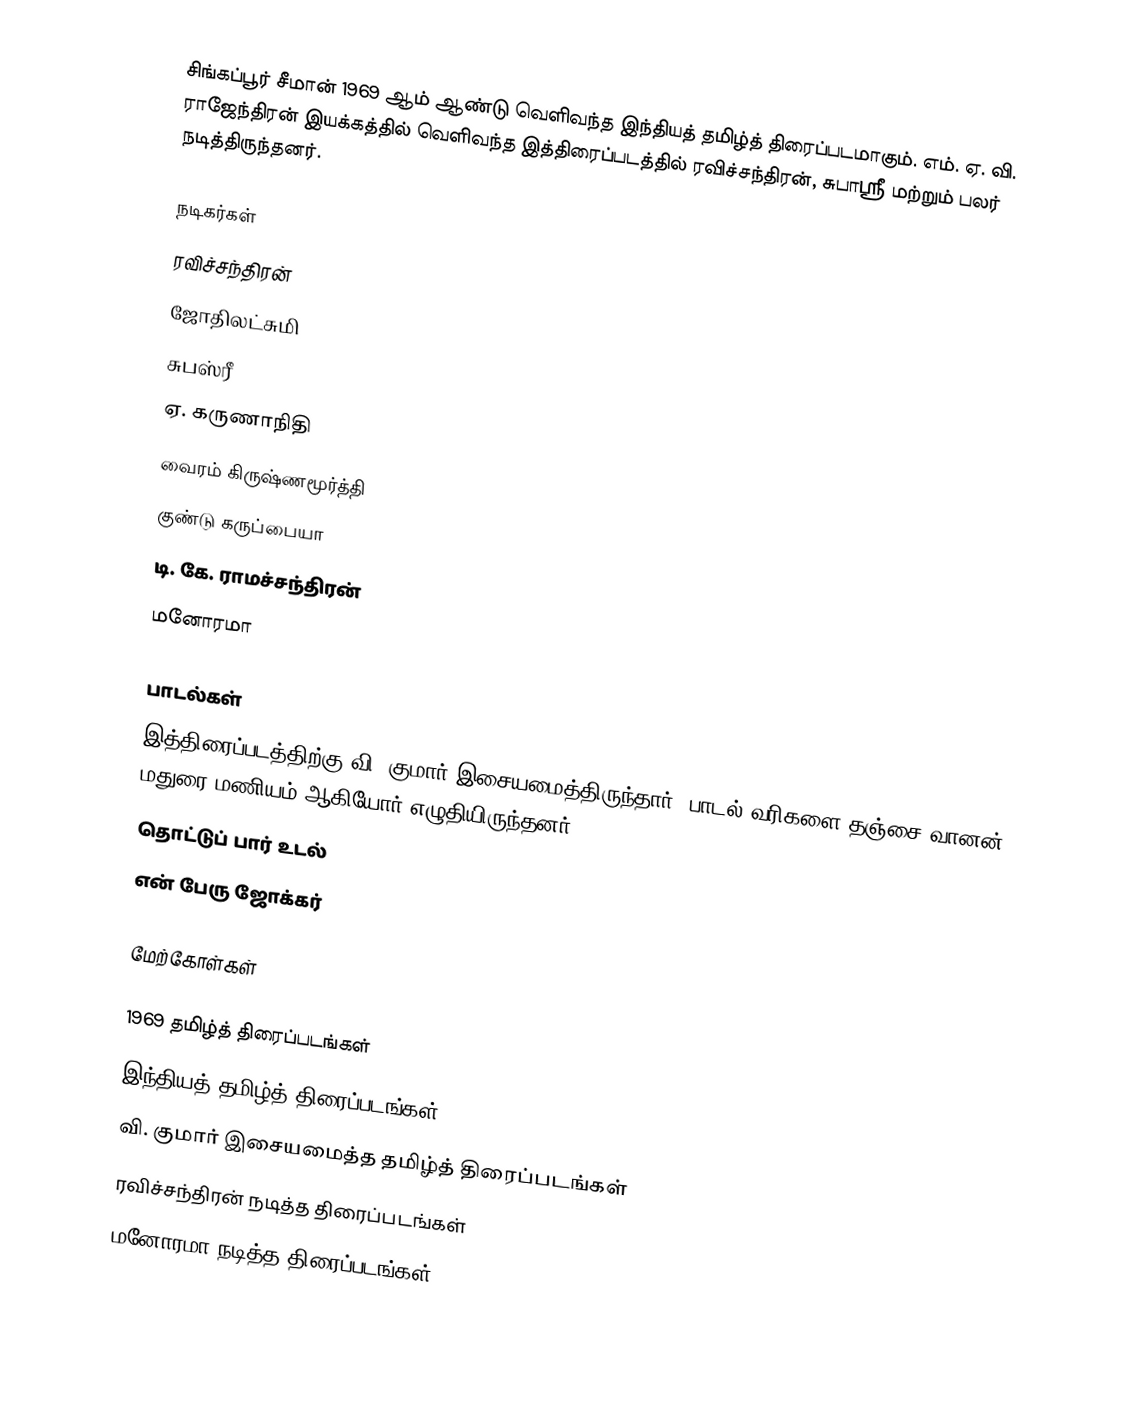
சிங்கப்பூர் சீமான் 1969 ஆம் ஆண்டு வெளிவந்த இந்தியத் தமிழ்த் திரைப்படமாகும். எம். ஏ. வி. ராஜேந்திரன் இயக்கத்தில் வெளிவந்த இத்திரைப்படத்தில் ரவிச்சந்திரன், சுபாஸ்ரீ மற்றும் பலர் நடித்திருந்தனர்.

நடிகர்கள்
 ரவிச்சந்திரன்
 ஜோதிலட்சுமி
 சுபஸ்ரீ
 ஏ. கருணாநிதி
 வைரம் கிருஷ்ணமூர்த்தி
 குண்டு கருப்பையா
 டி. கே. ராமச்சந்திரன்
 மனோரமா

பாடல்கள்
இத்திரைப்படத்திற்கு வி. குமார் இசையமைத்திருந்தார். பாடல் வரிகளை தஞ்சை வானன், மதுரை மணியம் ஆகியோர் எழுதியிருந்தனர்.
 தொட்டுப் பார் உடல்
 என் பேரு ஜோக்கர்

மேற்கோள்கள்

1969 தமிழ்த் திரைப்படங்கள்
இந்தியத் தமிழ்த் திரைப்படங்கள்
வி. குமார் இசையமைத்த தமிழ்த் திரைப்படங்கள்
ரவிச்சந்திரன் நடித்த திரைப்படங்கள்
மனோரமா நடித்த திரைப்படங்கள்